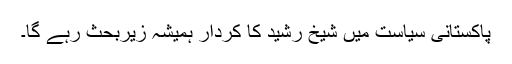
پاکستانی سیاست میں شیخ رشید کا کردار ہمیشہ زیرِبحث رہے گا۔